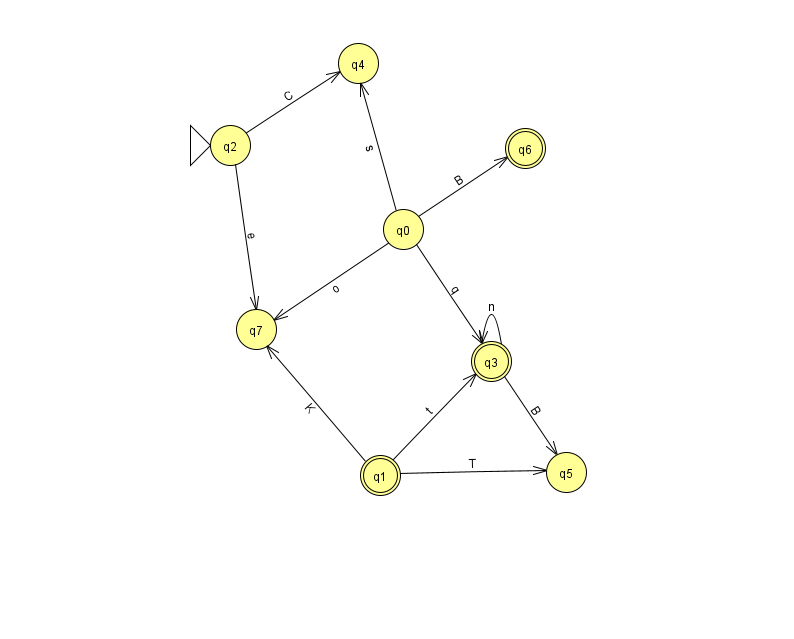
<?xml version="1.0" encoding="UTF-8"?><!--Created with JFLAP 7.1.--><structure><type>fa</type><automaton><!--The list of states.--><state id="0" name="q0"><x>403.0</x><y>216.0</y></state><state id="1" name="q1"><x>380.0</x><y>462.0</y><final/></state><state id="2" name="q2"><x>230.0</x><y>132.0</y><initial/></state><state id="3" name="q3"><x>491.0</x><y>348.0</y><final/></state><state id="4" name="q4"><x>358.0</x><y>50.0</y></state><state id="5" name="q5"><x>566.0</x><y>459.0</y></state><state id="6" name="q6"><x>525.0</x><y>135.0</y><final/></state><state id="7" name="q7"><x>256.0</x><y>316.0</y></state><!--The list of transitions.--><transition><from>2</from><to>4</to><read>C</read></transition><transition><from>2</from><to>7</to><read>e</read></transition><transition><from>0</from><to>3</to><read>q</read></transition><transition><from>3</from><to>5</to><read>B</read></transition><transition><from>0</from><to>7</to><read>o</read></transition><transition><from>1</from><to>7</to><read>K</read></transition><transition><from>0</from><to>6</to><read>B</read></transition><transition><from>1</from><to>5</to><read>T</read></transition><transition><from>1</from><to>3</to><read>t</read></transition><transition><from>0</from><to>4</to><read>s</read></transition><transition><from>3</from><to>3</to><read>n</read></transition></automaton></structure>